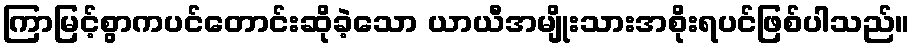
ကြာမြင့်စွာကပင်တောင်းဆိုခဲ့သော ယာယီအမျိုးသားအစိုးရပင်ဖြစ်ပါသည်။